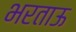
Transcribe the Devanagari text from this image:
भरताऊ